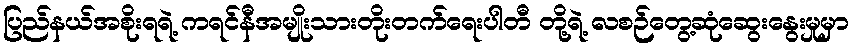
ပြည်နယ်အစိုးရရဲ့ ကရင်နီအမျိုးသားတိုးတက်ရေးပါတီ တို့ရဲ့ လစဉ်တွေ့ဆုံဆွေးနွေးမှုမှာ